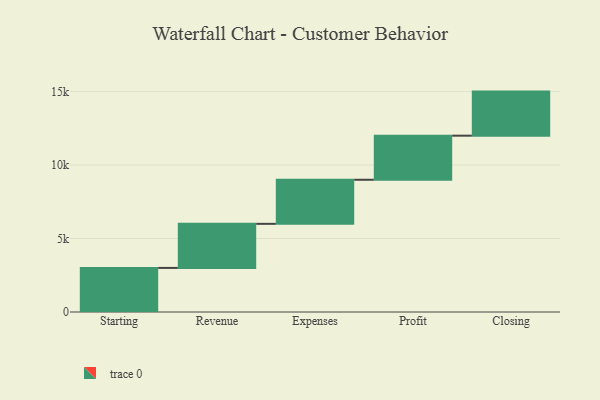
{"axis": {"x": "Step", "y": "Value"}, "legend": [""], "data": [{"x": "Starting", "y": 3000, "type": ""}, {"x": "Revenue", "y": 3000, "type": ""}, {"x": "Expenses", "y": 3000, "type": ""}, {"x": "Profit", "y": 3000, "type": ""}, {"x": "Closing", "y": 3000, "type": ""}]}